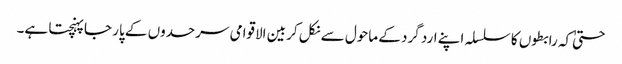
حتیٰ کہ رابطوں کا سلسلہ اپنے ارد گرد کے ماحول سے نکل کر بین الاقوامی سرحدوں کے پار جا پہنچتا ہے۔